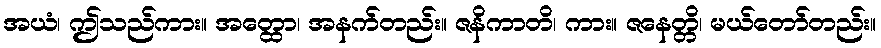
အယံ၊ ဤသည်ကား။ အတ္ထော၊ အနက်တည်း။ ဇနိကာတိ၊ ကား။ ဇနေတ္တိ၊ မယ်တော်တည်း။